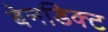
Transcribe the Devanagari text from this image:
बेनडिक्ट